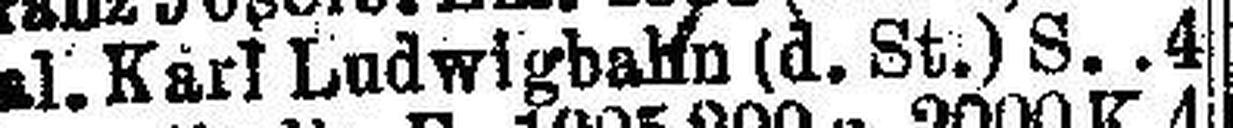
Gal. Karl Ludwigbahn (d. St.) S. 4